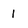
Character: l